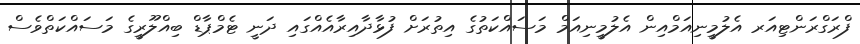
ފްރަގްރަންޓިއަރ އެލުމީނިއަމްއިން އެލުމީނިއަމް މަސައްކަތުގެ އިތުރަށް ފުޅާދާއިރާއެއްގައި ދަނީ ޓެމްޕާޑް ބިއްލޫރީގެ މަސައްކަތްވެސް